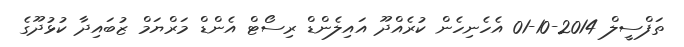
ތަފްސީލް 2014-10-01 އެހެނިހެން ކުރެއްދޫ އައިލެންޑް ރިސޯޓް އެންޑް މަރްޔަމް ޒުބައިދާ ކުޅުދޫގެ